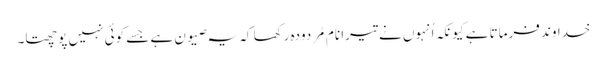
خداوند فرماتا ہے کیونکہ اُنہوں نے تیرا نام مُردودہ رکھا کہ یہ صیون ہے جسے کوئی نہیں پوچھتا۔